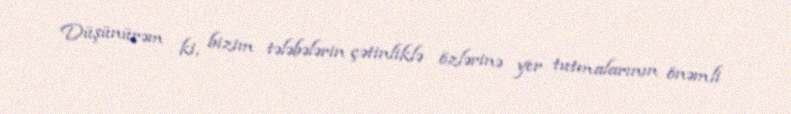
Düşünürəm ki, bizim tələbələrin çətinliklə özlərinə yer tutmalarının önəmli